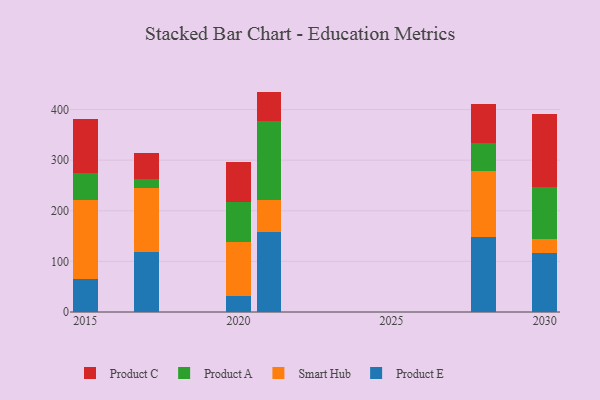
{"axis": {"x": "Year", "y": "Population (Million)"}, "legend": ["Product A", "Product C", "Product E", "Smart Hub"], "data": [{"x": "2017", "y": 118.1, "type": "Product E"}, {"x": "2017", "y": 126.8, "type": "Smart Hub"}, {"x": "2017", "y": 18.2, "type": "Product A"}, {"x": "2017", "y": 52.0, "type": "Product C"}, {"x": "2021", "y": 158.7, "type": "Product E"}, {"x": "2021", "y": 62.9, "type": "Smart Hub"}, {"x": "2021", "y": 155.1, "type": "Product A"}, {"x": "2021", "y": 58.8, "type": "Product C"}, {"x": "2028", "y": 148.8, "type": "Product E"}, {"x": "2028", "y": 128.9, "type": "Smart Hub"}, {"x": "2028", "y": 57.2, "type": "Product A"}, {"x": "2028", "y": 76.9, "type": "Product C"}, {"x": "2020", "y": 32.0, "type": "Product E"}, {"x": "2020", "y": 106.9, "type": "Smart Hub"}, {"x": "2020", "y": 78.2, "type": "Product A"}, {"x": "2020", "y": 78.7, "type": "Product C"}, {"x": "2030", "y": 116.3, "type": "Product E"}, {"x": "2030", "y": 28.6, "type": "Smart Hub"}, {"x": "2030", "y": 101.2, "type": "Product A"}, {"x": "2030", "y": 145.7, "type": "Product C"}, {"x": "2015", "y": 64.7, "type": "Product E"}, {"x": "2015", "y": 156.1, "type": "Smart Hub"}, {"x": "2015", "y": 54.7, "type": "Product A"}, {"x": "2015", "y": 105.6, "type": "Product C"}]}